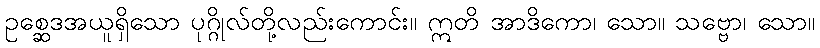
ဥစ္ဆေဒအယူရှိသော ပုဂ္ဂိုလ်တို့လည်းကောင်း။ ဣတိ အာဒိကော၊ သော။ သဗ္ဗော၊ သော။